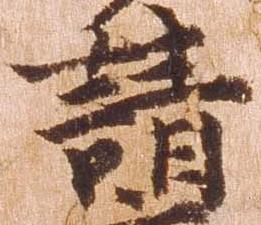
請